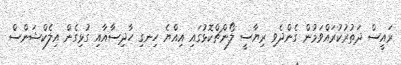
ރައީސް ދަތުރުކުރައްވަމުން ގެންދެވި ރިޔާސީ ލޯންޗްކޮޅުގައި އިއްޔެ ހިނގި ހާދިސާއާއި ގުޅިގެން އިލެކްޝަންސް